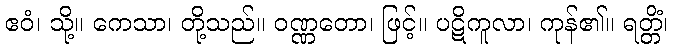
ဧဝံ၊ သို့။ ကေသာ၊ တို့သည်။ ဝဏ္ဏတော၊ ဖြင့်။ ပဋိကူလာ၊ ကုန်၏။ ရတ္တိံ၊